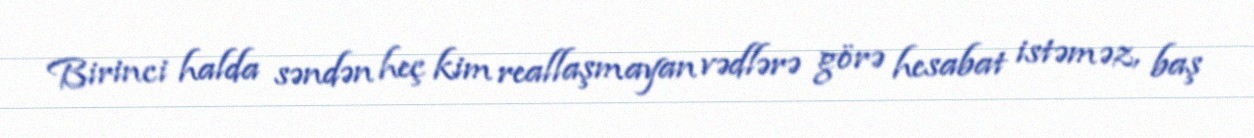
Birinci halda səndən heç kim reallaşmayan vədlərə görə hesabat istəməz, baş